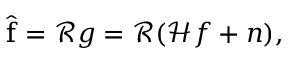
\begin{array} { r } { \hat { \boldsymbol { \mathrm { f } } } = \mathcal { R } \boldsymbol { g } = \mathcal { R } ( \mathcal { H } \boldsymbol { f } + \boldsymbol { n } ) , } \end{array}